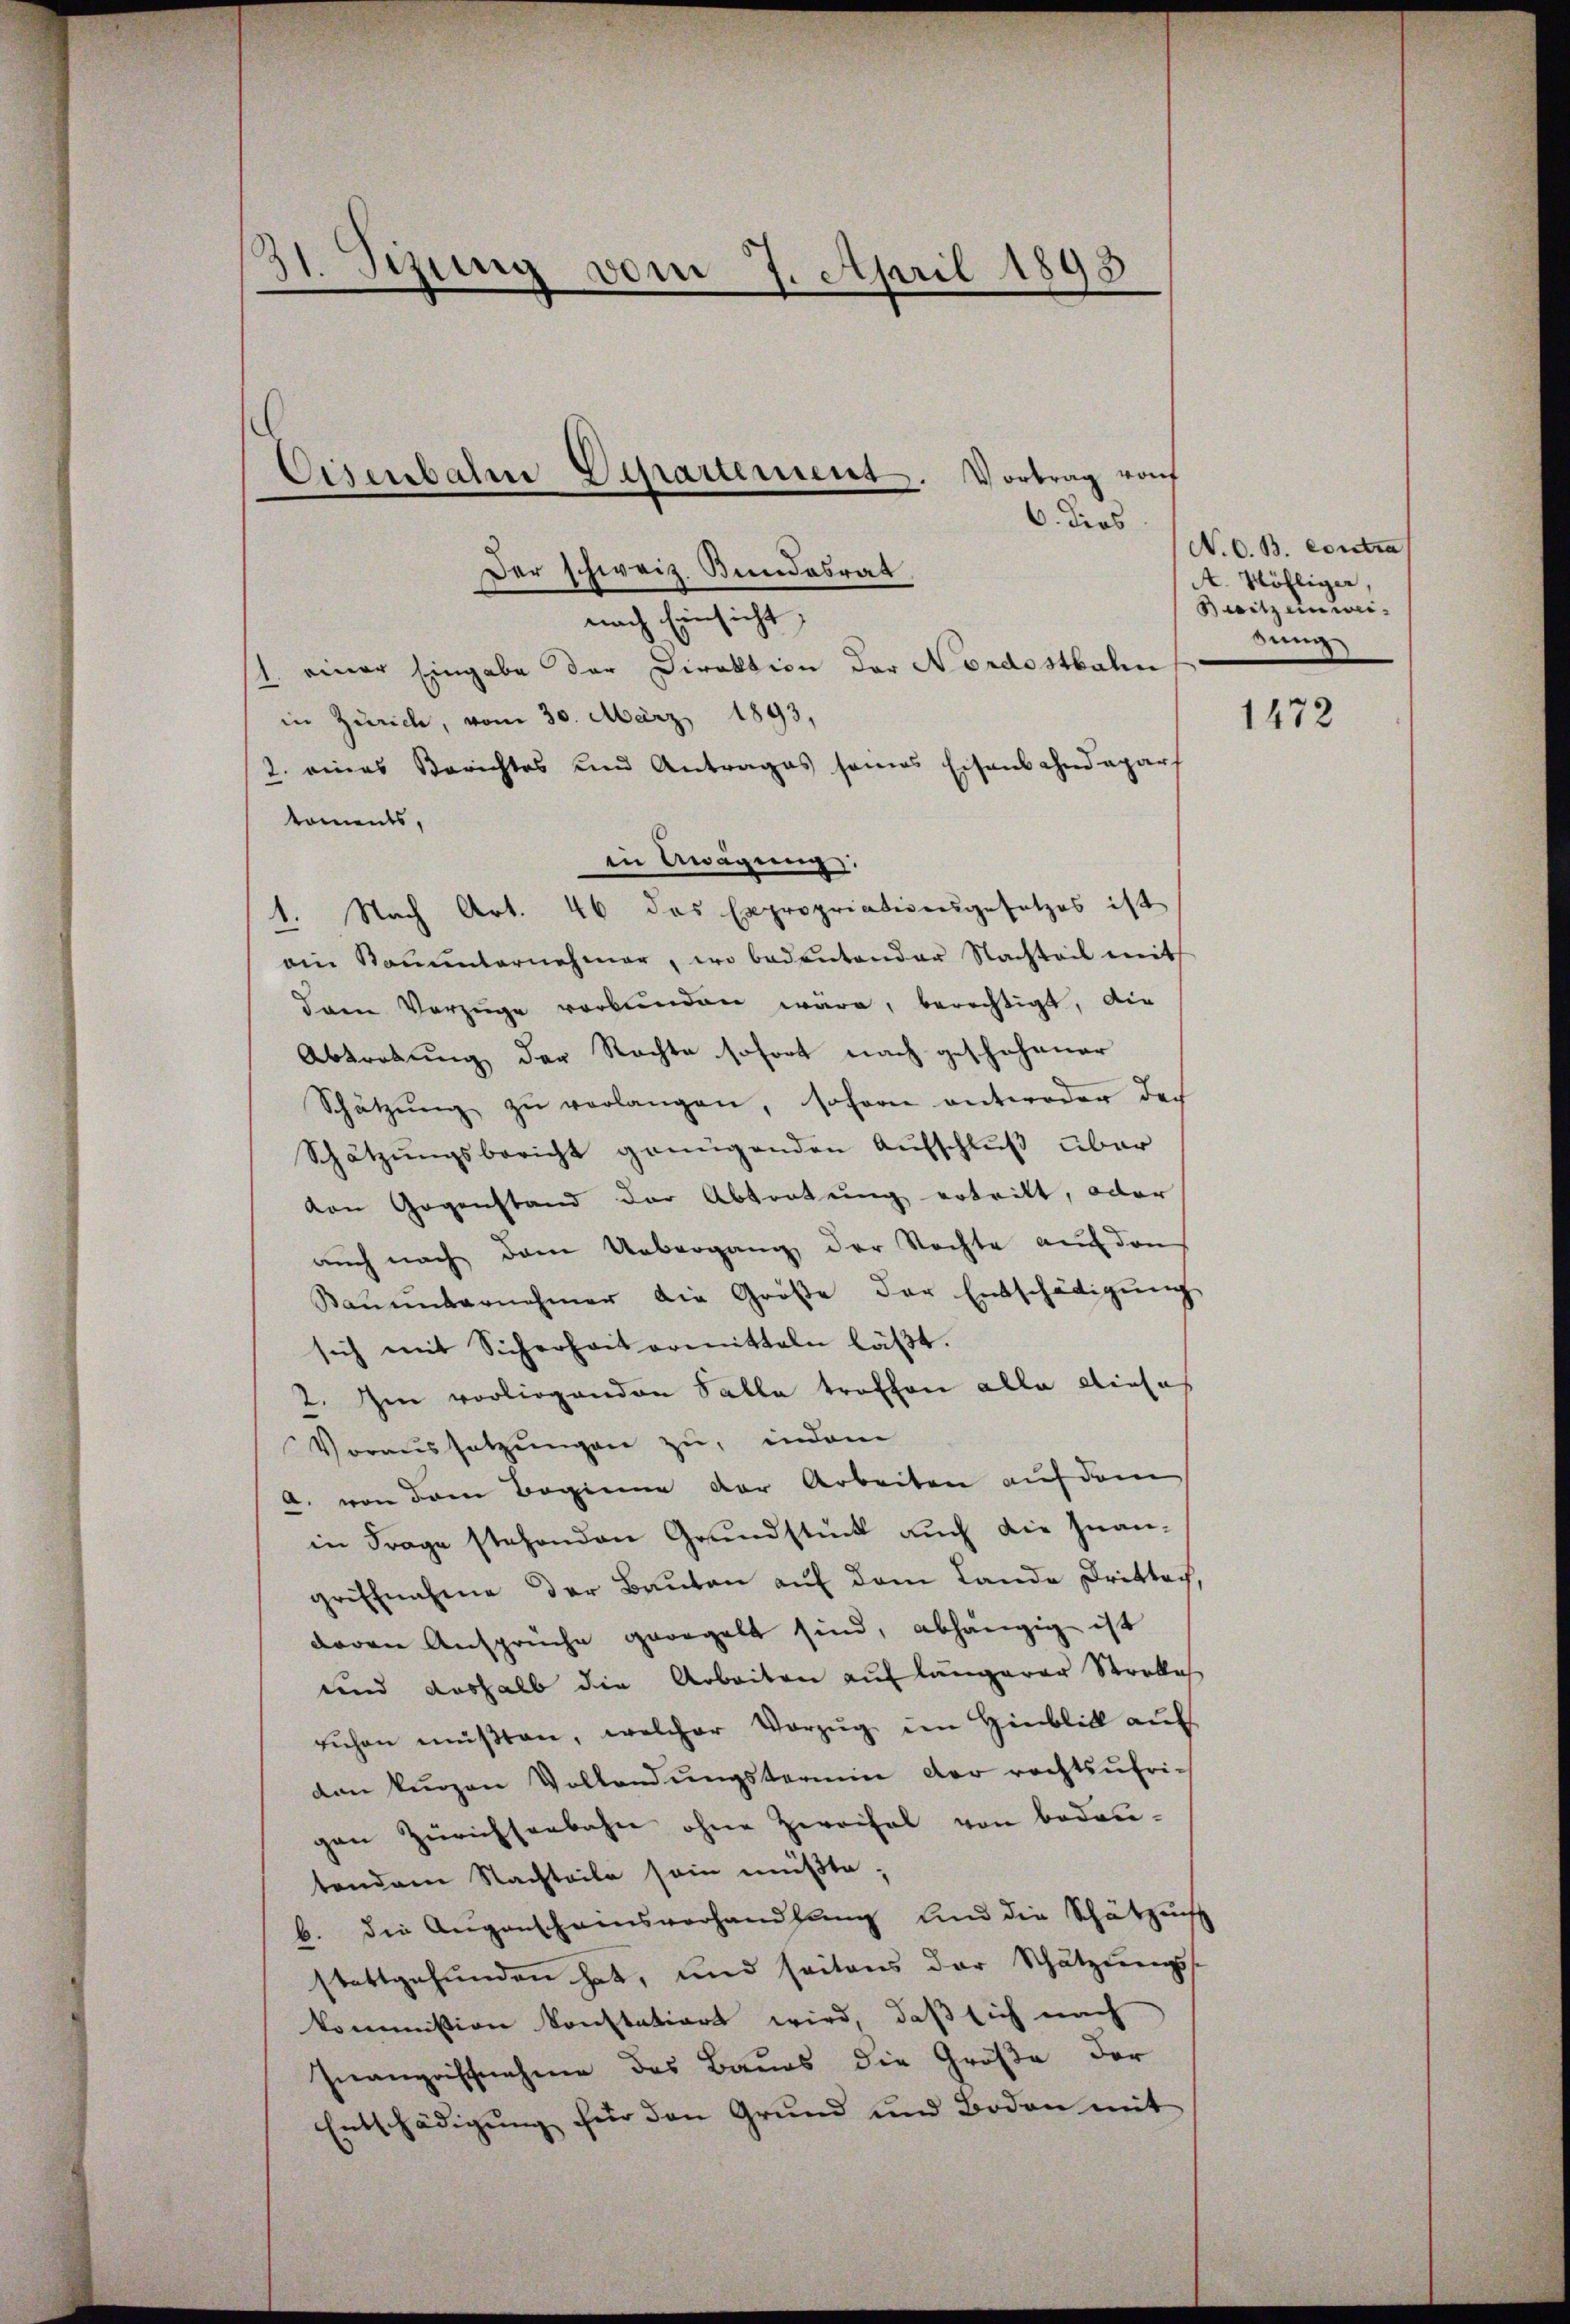
31. Sizung vom 7. April 1898
d
d

Cisenbahn Departement.

Vortrag von
6. dies

Der schweiz. Bundesrat
nach Einsicht,
/1. einer Eingabe der Direktion der Nordostbahn
in Zürich, vom 30. März 1893,
2. eines Berichtes und Antrages seines Eisenbahndeparf
koments,
in Awägung.
1. Nach Art. 46 das Expropriationsgesetzes ist
ain Kouunternehmer, wo bedeutender Nachteil mit
dam Vorzüge verbŭnden wäre, berechtigt, die
Abtretung der Rechte sofort nach geschehener
Schätzŭng zŭ verlangen, sofern antwoder doch
Schätzŭngsbericht genügenden Aŭfschluß über
von Gegenstand der Abtratung ertritt, oder
auch nach dem Uebergang der Nachte auf den
Kaŭmbernehmer die Größe der Entschädigŭng
sich mit Sicherheit ermitteln läßt.
2. Im vorliegenden Salla troffen alle dies-
Voraussetzŭngen zu, indem
A. von dem Beginne der Arbeiten auf dem
in Frage stehenden Grundstück auch die Inan-
griffnahme der Bauten auf dem Lande Drittach,
davon Anspruche geregelt sind, abhängig ist
und deshalb die Arbeiten auf längerer Stralis
rŭchen müβten, welcher Vorzŭg im Hinblick aŭf
den kurzen Vollendŭngstermin der rechtsŭfrigen Zürichseebahn ohne Zweifel von bedau-
tendem Nachteile sein müßte;
b. die Augenscheensverhandlung und die Schätzung
stattgefŭnden hat, und seitens der Schatzŭngs-
kommission konstatiert wird, daß sich nach
Inanzrischnahme des Baues die Größe der
Entschädigŭng für den Grund und Boden mit

N. O. B. Contra
A. Völliger,
Besitz einweisung

1472